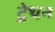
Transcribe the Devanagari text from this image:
ट्रेथन